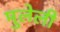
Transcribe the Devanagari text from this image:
मुलेली